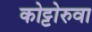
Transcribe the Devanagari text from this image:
कोट्टोरुवा